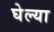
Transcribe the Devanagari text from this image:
घेल्या